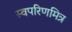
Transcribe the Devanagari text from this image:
स्वपरिणमित्र